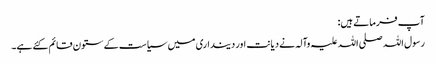
آپ فرماتے ہیں:
رسول اللہ صلی اللہ علیہ وآلہ نے دیانت اور دینداری میں سیاست کے ستون قائم کئے ہے۔